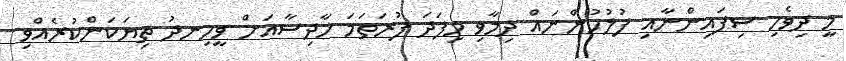
މީ ދިވެހި ސިފައިންނާއި ފުލުހުންނައް ދިމާވި މިފަދަ ފުރަތަމަ ހާދިސާއަށް ވީހިނދު ތިޔަކަންކުރެއްވި